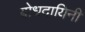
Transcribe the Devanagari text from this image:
बोधदायिनी